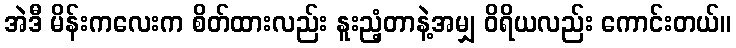
အဲဒီ မိန်းကလေးက စိတ်ထားလည်း နူးညံ့တာနဲ့အမျှ ဝိရိယလည်း ကောင်းတယ်။